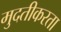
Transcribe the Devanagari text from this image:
मुदतीकरता